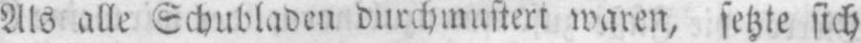
Als alle Schubladen durchmustert waren, setzte sich